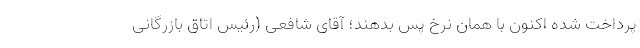
پرداخت شده اکنون با همان نرخ پس بدهند؛ آقای شافعی (رئیس اتاق بازرگانی